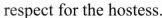
respect for the hostess.